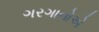
ગરગાનોએ